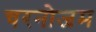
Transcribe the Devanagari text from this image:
चरनोजम